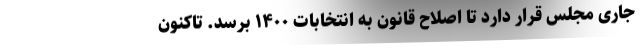
جاری مجلس قرار دارد تا اصلاح قانون به انتخابات ۱۴۰۰ برسد. تاکنون